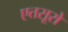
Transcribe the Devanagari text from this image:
एतसूरो